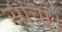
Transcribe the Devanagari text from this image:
सांचा।